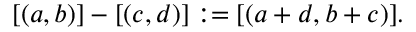
[ ( a , b ) ] - [ ( c , d ) ] : = [ ( a + d , b + c ) ] .